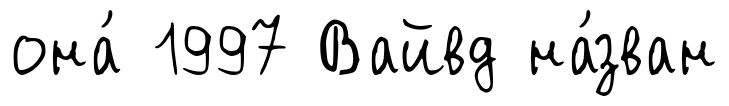
она́ 1997 Вайвд на́зван